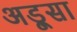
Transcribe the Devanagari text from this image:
अड़ूसा